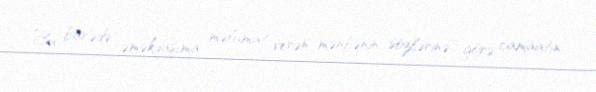
Bu barədə əməkdaşıma məlumat verən mənbənin sözlərinə görə, camaatın